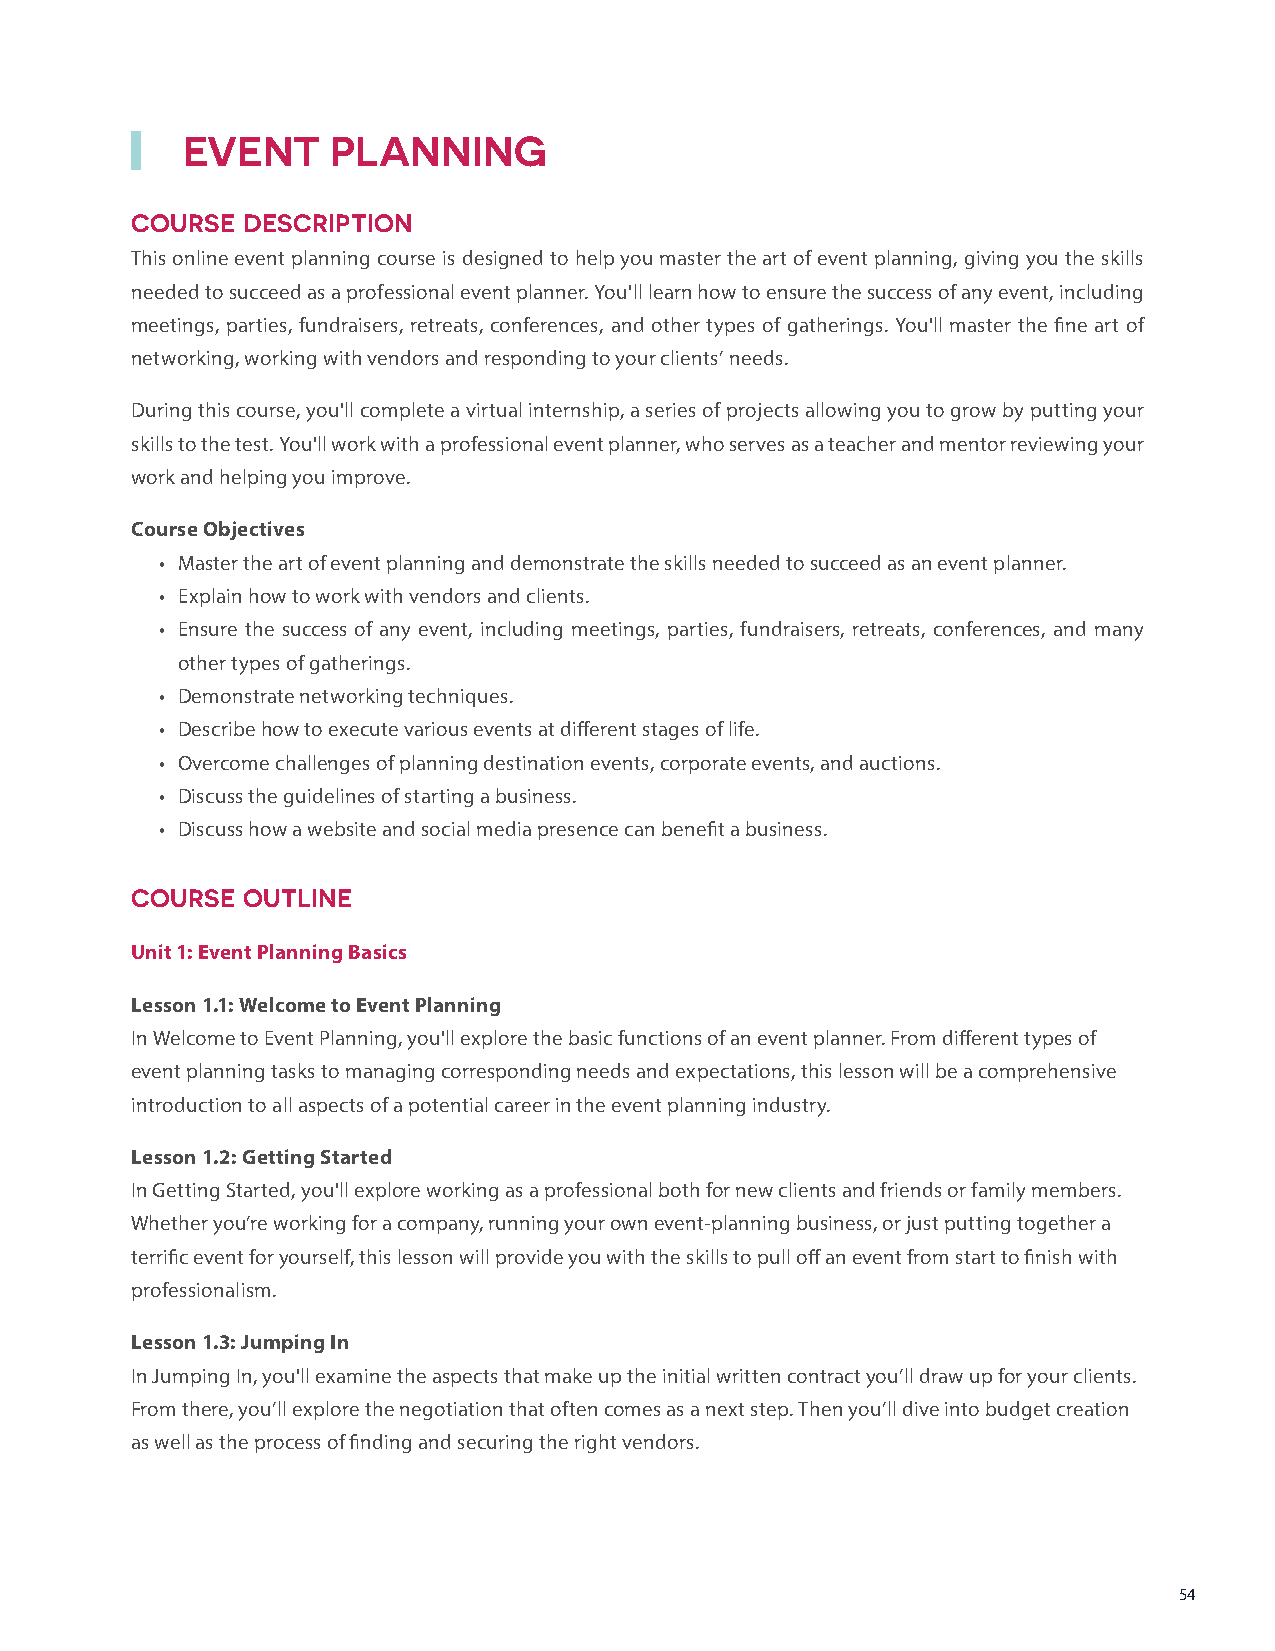
EVENT     PLANNING
 COURSE DESCRIPTION
 This online event planning course is designed to help you master the art of event planning, giving you the skills
 needed to succeed as a professional event planner. You'll learn how to ensure the success of any event, including
 meetings, parties, fundraisers, retreats, conferences, and other types of gatherings. You'll master the fine art of
 networking, working with vendors and responding to your clients’ needs.
 During this course, you'll complete a virtual internship, a series of projects allowing you to grow by putting your
 skills to the test. You'll work with a professional event planner, who serves as a teacher and mentor reviewing your
 work and helping you improve.
 Course Objectives
 • Master the art of event planning and demonstrate the skills needed to succeed as an event planner.
 • Explain how to work with vendors and clients.
 • Ensure the success of any event, including meetings, parties, fundraisers, retreats, conferences, and many
 other types of gatherings.
 • Demonstrate networking techniques.
 • Describe how to execute various events at different stages of life.
 • Overcome challenges of planning destination events, corporate events, and auctions.
 • Discuss the guidelines of starting a business.
 • Discuss how a website and social media presence can benefit a business.
 COURSE OUTLINE
 Unit 1: Event Planning Basics
 Lesson 1.1: Welcome to Event Planning
 In Welcome to Event Planning, you'll explore the basic functions of an event planner. From different types of
 event planning tasks to managing corresponding needs and expectations, this lesson will be a comprehensive
 introduction to all aspects of a potential career in the event planning industry.
 Lesson 1.2: Getting Started
 In Getting Started, you'll explore working as a professional both for new clients and friends or family members.
 Whether you’re working for a company, running your own event-planning business, or just putting together a
 terrific event for yourself, this lesson will provide you with the skills to pull off an event from start to finish with
 professionalism.
 Lesson 1.3: Jumping In
 In Jumping In, you'll examine the aspects that make up the initial written contract you’ll draw up for your clients.
 From there, you’ll explore the negotiation that often comes as a next step. Then you’ll dive into budget creation
 as well as the process of finding and securing the right vendors.
 54